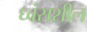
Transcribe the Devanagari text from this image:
ध्वंसशील